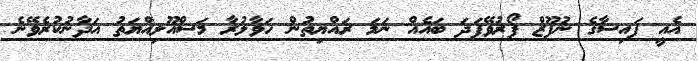
އެއީ ފައިސާގެ ނުފޫޒް ފޯރުވޭފަދަ ބައެއް ނަމަ ރައްޔިތުން ހަވާލުރާ މަސްއޫލިއްޔަތު އަދާނުކުރެވޭނެ